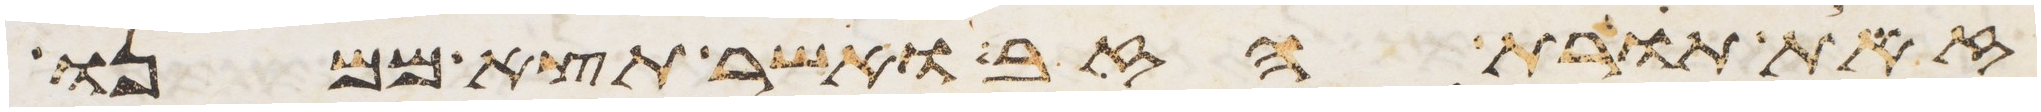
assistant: זאת תורת הזב ואשר תצא ממנו